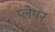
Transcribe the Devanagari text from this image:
प्लेषर